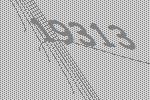
19313